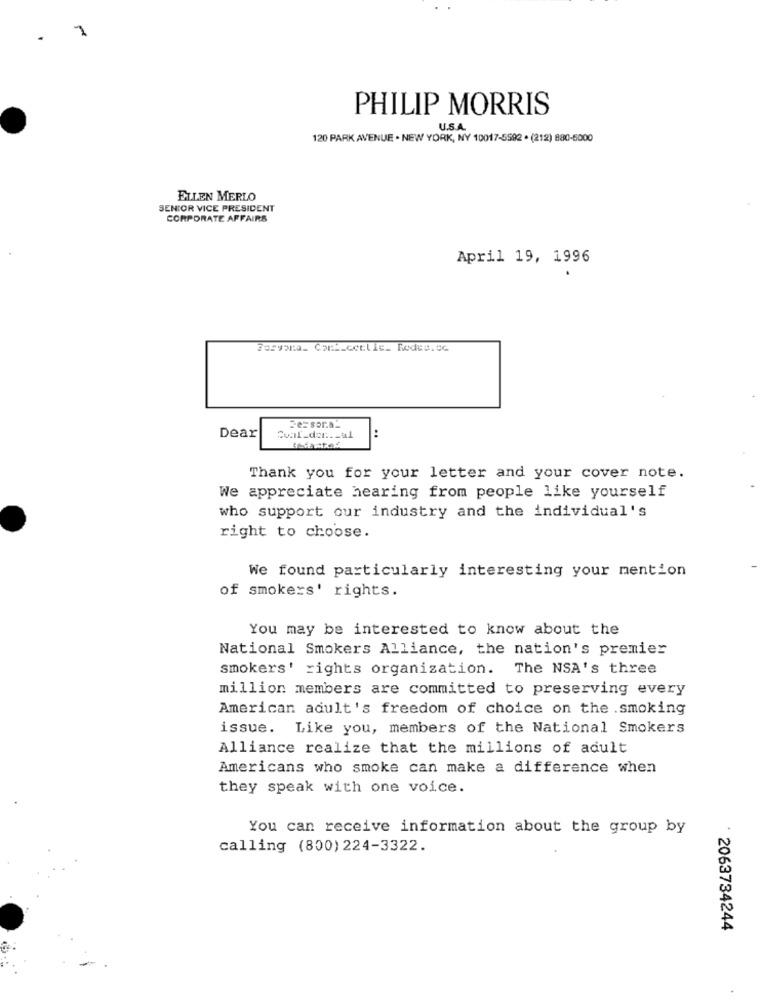
1
PHILIP MORRIS
U.S.A.
120 PARK AVENUE . NEW YORK, NY 10017-5592 . (212) 880-5000
ELLEN MERLO
SENIOR VICE PRESIDENT
CORPORATE AFFAIRS
April 19, 1996
Foryana_ Cont_ccclic_ Rodes.cc
=e=sor.a_
..
Dear
Thank you for your letter and your cover note.
We appreciate hearing from people like yourself
who support our industry and the individual's
right to choose.
We found particularly interesting your mention
of smokers' rights.
You may be interested to know about the
National Smokers Alliance, the nation's premier
smokers' rights organization. The NSA's three
million members are committed to preserving every
American adult's freedom of choice on the .smoking
issue. Like you, members of the National Smokers
Alliance realize that the millions of adult
Americans who smoke can make a difference when
they speak with one voice.
You can receive information about the group by
calling (800) 224-3322.
2063734244